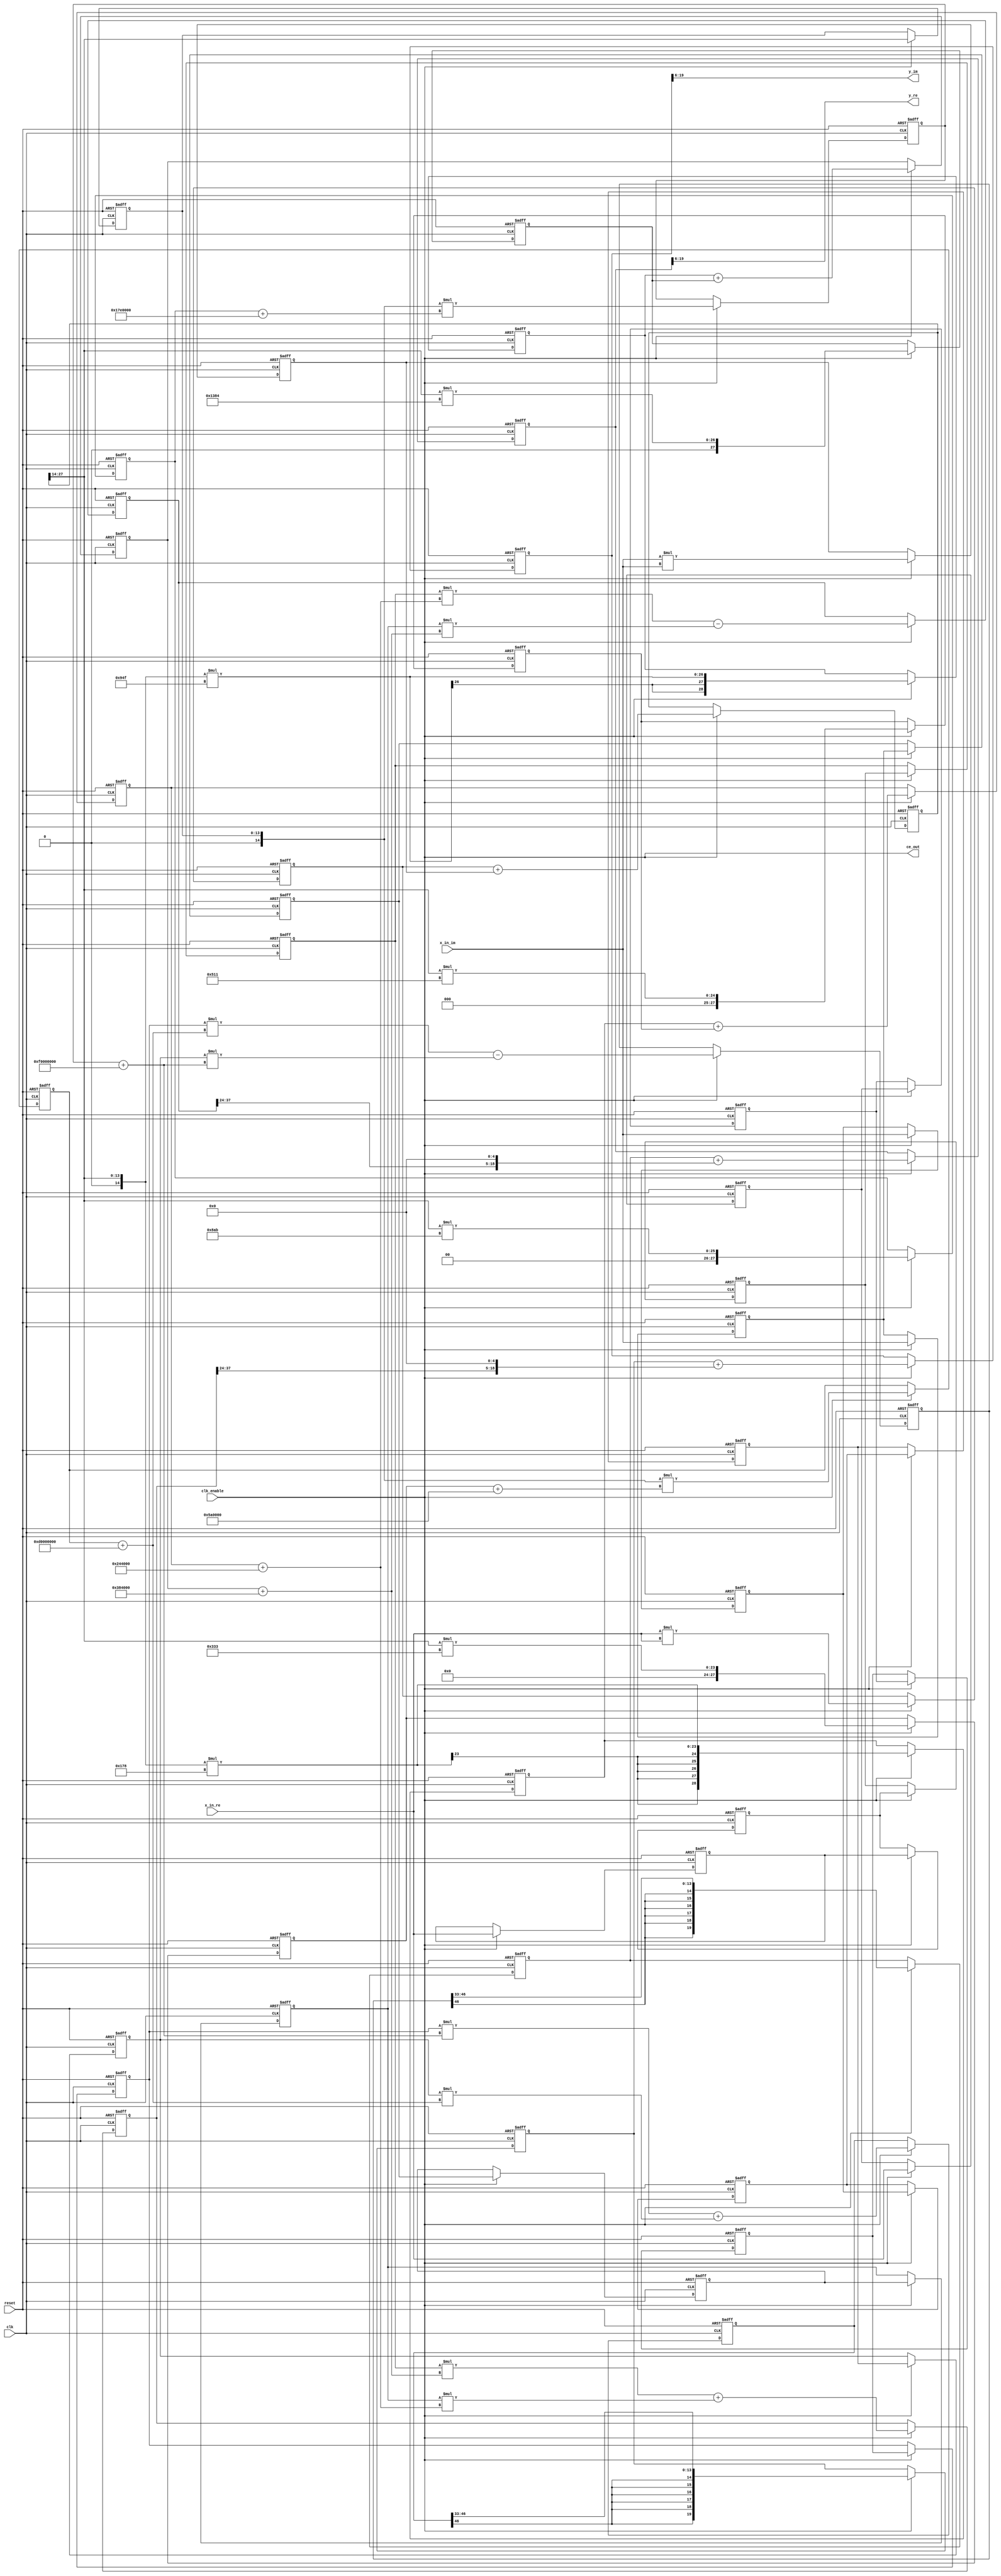
// -------------------------------------------------------------
// 
// 
// Generated by MATLAB 23.2, MATLAB Coder 23.2 and HDL Coder 23.2
// 
// 
// 
// -- -------------------------------------------------------------
// -- Rate and Clocking Details
// -- -------------------------------------------------------------
// Design base rate: 1
// 
// 
// Clock Enable  Sample Time
// -- -------------------------------------------------------------
// ce_out        1
// -- -------------------------------------------------------------
// 
// 
// Output Signal                 Clock Enable  Sample Time
// -- -------------------------------------------------------------
// y_re                          ce_out        1
// y_im                          ce_out        1
// -- -------------------------------------------------------------
// 
// -------------------------------------------------------------


// -------------------------------------------------------------
// 
// Module: Horner_poly_opt_fixpt
// Source Path: Horner_poly_opt_fixpt
// Hierarchy Level: 0
// 
// -------------------------------------------------------------

`timescale 1 ns / 1 ns

module Horner_poly_opt
          (clk,
           reset,
           clk_enable,
           x_in_re,
           x_in_im,
           ce_out,
           y_re,
           y_im);


  input   clk;
  input   reset;
  input   clk_enable;
  input   signed [13:0] x_in_re;  // sfix14_En14
  input   signed [13:0] x_in_im;  // sfix14_En14
  output  ce_out;
  output  signed [13:0] y_re;  // sfix14_En7
  output  signed [13:0] y_im;  // sfix14_En7


  wire enb;
  reg signed [13:0] in1_re;  // sfix14_En14
  reg signed [13:0] in1_im;  // sfix14_En14
  wire signed [13:0] ar;  // sfix14_En14
  reg signed [13:0] reduced_reg [0:2];  // sfix14 [3]
  reg signed [13:0] reduced_reg_next [0:2];  // sfix14_En14 [3]
  reg signed [13:0] ar_1;  // sfix14_En14
  wire signed [13:0] a;  // sfix14_En14
  wire signed [27:0] tmp;  // sfix28_En28
  wire signed [13:0] a_1;  // sfix14_En14
  wire signed [27:0] tmp_1;  // sfix28_En28
  reg signed [27:0] tmp_2;  // sfix28_En28
  wire signed [28:0] tmp_3;  // sfix29_En28
  reg signed [27:0] tmp_4;  // sfix28_En28
  wire signed [28:0] tmp_5;  // sfix29_En28
  wire signed [28:0] tmp_6;  // sfix29_En28
  reg signed [28:0] tmp_7;  // sfix29_En28
  wire [13:0] tmp_8;  // ufix14_En14
  reg [13:0] tmp_9;  // ufix14_En14
  wire signed [27:0] cr;  // sfix28_En18
  wire signed [14:0] p103cr_cast;  // sfix15_En14
  wire signed [28:0] p103cr_mul_temp;  // sfix29_En18
  wire signed [27:0] ci;  // sfix28_En18
  wire signed [14:0] p104ci_cast;  // sfix15_En14
  wire signed [28:0] p104ci_mul_temp;  // sfix29_En18
  wire signed [27:0] tmp_re;  // sfix28_En18
  wire signed [27:0] tmp_im;  // sfix28_En18
  reg signed [27:0] tmp_re_1;  // sfix28_En18
  reg signed [27:0] tmp_im_1;  // sfix28_En18
  wire signed [28:0] tmp_re_2;  // sfix29_En18
  wire signed [28:0] tmp_im_2;  // sfix29_En18
  wire signed [28:0] tmp_re_3;  // sfix29_En18
  wire signed [28:0] tmp_im_3;  // sfix29_En18
  wire signed [28:0] br;  // sfix29_En18
  wire signed [14:0] multiplier_cast;  // sfix15_En14
  wire signed [43:0] multiplier_mul_temp;  // sfix44_En32
  wire signed [42:0] cr_1;  // sfix43_En32
  wire signed [28:0] bi;  // sfix29_En18
  wire signed [14:0] multiplier_cast_1;  // sfix15_En14
  wire signed [43:0] multiplier_mul_temp_1;  // sfix44_En32
  wire signed [42:0] ci_1;  // sfix43_En32
  wire signed [42:0] tmp_re_4;  // sfix43_En32
  wire signed [42:0] tmp_im_4;  // sfix43_En32
  reg signed [42:0] tmp_re_5;  // sfix43_En32
  reg signed [42:0] tmp_im_5;  // sfix43_En32
  wire signed [43:0] tmp_re_6;  // sfix44_En32
  wire signed [43:0] tmp_im_6;  // sfix44_En32
  wire signed [43:0] tmp_re_7;  // sfix44_En32
  wire signed [43:0] tmp_im_7;  // sfix44_En32
  wire signed [43:0] br_1;  // sfix44_En32
  wire signed [13:0] ai;  // sfix14_En14
  reg signed [13:0] reduced_reg_1 [0:2];  // sfix14 [3]
  reg signed [13:0] reduced_reg_next_1 [0:2];  // sfix14_En14 [3]
  reg signed [13:0] ai_1;  // sfix14_En14
  wire signed [43:0] bi_1;  // sfix44_En32
  wire signed [57:0] pr1;  // sfix58_En46
  wire signed [58:0] pr1in;  // sfix59_En46
  wire signed [57:0] pr2;  // sfix58_En46
  wire signed [58:0] pr2in;  // sfix59_En46
  wire signed [58:0] pre;  // sfix59_En46
  wire signed [57:0] pi1;  // sfix58_En46
  wire signed [58:0] pi1in;  // sfix59_En46
  wire signed [57:0] pi2;  // sfix58_En46
  wire signed [58:0] pi2in;  // sfix59_En46
  wire signed [58:0] pim;  // sfix59_En46
  wire signed [58:0] tmp_re_8;  // sfix59_En46
  wire signed [58:0] tmp_im_8;  // sfix59_En46
  reg signed [58:0] tmp_re_9;  // sfix59_En46
  reg signed [58:0] tmp_im_9;  // sfix59_En46
  wire signed [13:0] tmp_re_10;  // sfix14_En13
  wire signed [13:0] tmp_im_10;  // sfix14_En13
  wire signed [19:0] tmp_re_11;  // sfix20_En13
  wire signed [19:0] tmp_im_11;  // sfix20_En13
  reg signed [19:0] tmp_re_12;  // sfix20_En13
  reg signed [19:0] tmp_im_12;  // sfix20_En13
  wire signed [13:0] ar_2;  // sfix14_En14
  reg signed [13:0] reduced_reg_2 [0:3];  // sfix14 [4]
  reg signed [13:0] reduced_reg_next_2 [0:3];  // sfix14_En14 [4]
  reg signed [13:0] ar_3;  // sfix14_En14
  wire signed [27:0] cr_2;  // sfix28_En18
  wire signed [14:0] p85cr_cast;  // sfix15_En14
  wire signed [28:0] p85cr_mul_temp;  // sfix29_En18
  wire signed [27:0] ci_2;  // sfix28_En18
  wire signed [14:0] p87ci_cast;  // sfix15_En14
  wire signed [28:0] p87ci_mul_temp;  // sfix29_En18
  wire signed [27:0] tmp_re_13;  // sfix28_En18
  wire signed [27:0] tmp_im_13;  // sfix28_En18
  wire signed [28:0] tmp_re_14;  // sfix29_En18
  wire signed [28:0] tmp_im_14;  // sfix29_En18
  reg signed [28:0] tmp_re_15;  // sfix29_En18
  reg signed [28:0] tmp_im_15;  // sfix29_En18
  wire signed [27:0] cr_3;  // sfix28_En18
  wire signed [14:0] p89cr_cast;  // sfix15_En14
  wire signed [28:0] p89cr_mul_temp;  // sfix29_En18
  wire signed [27:0] ci_3;  // sfix28_En18
  wire signed [14:0] p91ci_cast;  // sfix15_En14
  wire signed [28:0] p91ci_mul_temp;  // sfix29_En18
  wire signed [27:0] tmp_re_16;  // sfix28_En18
  wire signed [27:0] tmp_im_16;  // sfix28_En18
  reg signed [27:0] tmp_re_17;  // sfix28_En18
  reg signed [27:0] tmp_im_17;  // sfix28_En18
  wire signed [28:0] tmp_re_18;  // sfix29_En18
  wire signed [28:0] tmp_im_18;  // sfix29_En18
  wire signed [28:0] tmp_re_19;  // sfix29_En18
  wire signed [28:0] tmp_im_19;  // sfix29_En18
  reg signed [28:0] tmp_re_20;  // sfix29_En18
  reg signed [28:0] tmp_im_20;  // sfix29_En18
  wire signed [29:0] tmp_re_21;  // sfix30_En18
  wire signed [29:0] tmp_im_21;  // sfix30_En18
  wire signed [29:0] tmp_re_22;  // sfix30_En18
  wire signed [29:0] tmp_im_22;  // sfix30_En18
  wire signed [29:0] br_2;  // sfix30_En18
  wire signed [13:0] ai_2;  // sfix14_En14
  reg signed [13:0] reduced_reg_3 [0:3];  // sfix14 [4]
  reg signed [13:0] reduced_reg_next_3 [0:3];  // sfix14_En14 [4]
  reg signed [13:0] ai_3;  // sfix14_En14
  wire signed [29:0] bi_2;  // sfix30_En18
  wire signed [43:0] pr1_1;  // sfix44_En32
  wire signed [44:0] pr1in_1;  // sfix45_En32
  wire signed [43:0] pr2_1;  // sfix44_En32
  wire signed [44:0] pr2in_1;  // sfix45_En32
  wire signed [44:0] pre_1;  // sfix45_En32
  wire signed [43:0] pi1_1;  // sfix44_En32
  wire signed [44:0] pi1in_1;  // sfix45_En32
  wire signed [43:0] pi2_1;  // sfix44_En32
  wire signed [44:0] pi2in_1;  // sfix45_En32
  wire signed [44:0] pim_1;  // sfix45_En32
  wire signed [44:0] tmp_re_23;  // sfix45_En32
  wire signed [44:0] tmp_im_23;  // sfix45_En32
  reg signed [44:0] tmp_re_24;  // sfix45_En32
  reg signed [44:0] tmp_im_24;  // sfix45_En32
  wire signed [13:0] tmp_re_25;  // sfix14_En8
  wire signed [13:0] tmp_im_25;  // sfix14_En8
  wire signed [19:0] tmp_re_26;  // sfix20_En13
  wire signed [19:0] tmp_im_26;  // sfix20_En13
  wire signed [19:0] tmp_re_27;  // sfix20_En13
  wire signed [19:0] tmp_im_27;  // sfix20_En13
  reg signed [19:0] tmp_re_28;  // sfix20_En13
  reg signed [19:0] tmp_im_28;  // sfix20_En13
  reg signed [31:0] reduced_t_0_0;  // int32
  reg signed [31:0] reduced_t_0_1;  // int32
  reg signed [31:0] reduced_t_0_01;  // int32
  reg signed [31:0] reduced_t_0_02;  // int32
  reg signed [31:0] reduced_t_0_1_1;  // int32
  reg signed [31:0] reduced_t_0_03;  // int32
  reg signed [31:0] reduced_t_0_1_2;  // int32


  assign enb = clk_enable;

  // HDL code generation from MATLAB function: Horner_poly_opt_fixpt
  // %%%%%%%%%%%%%%%%%%%%%%%%%%%%%%%%%%%%%%%%%%%%%%%%%%%%%%%%%%%%%%%%%%%%%%%%%%%
  //                                                                          %
  //          Generated by MATLAB 23.2 and Fixed-Point Designer 23.2          %
  //                                                                          %
  // %%%%%%%%%%%%%%%%%%%%%%%%%%%%%%%%%%%%%%%%%%%%%%%%%%%%%%%%%%%%%%%%%%%%%%%%%%%
  // Memory Polynomial Model
  // x_in: Input signal array of length N
  // coefficients: KxM matrix of coefficients
  // M: Memory depth
  // K: Non-linearity order
  // 
  // A
  // % 
  // wordLength = 32; % 
  // fractionLength = 16; % 
  // 
  // % 
  // coef_fixed = fi(zeros(size(coef)), 1, wordLength, fractionLength);
  // 
  // % 
  // coder.hdl.loopspec('unroll');
  // for row = 1:size(coef,1)
  //     for col = 1:size(coef,2)
  //         coef_fixed(row, col) = fi(coef(row, col), 1, wordLength, fractionLength);
  //     end
  // end
  // 
  // persistent ud1 ud2 for memory
  // update input reg
  // in3 = in2;
  always @(posedge clk or posedge reset)
    begin : in1_reg_process
      if (reset == 1'b1) begin
        in1_re <= 14'sb00000000000000;
        in1_im <= 14'sb00000000000000;
      end
      else begin
        if (enb) begin
          in1_re <= x_in_re;
          in1_im <= x_in_im;
        end
      end
    end



  assign ar = in1_re;



  always @(posedge clk or posedge reset)
    begin : reduced_process
      if (reset == 1'b1) begin
        reduced_reg[0] <= 14'sb00000000000000;
        reduced_reg[1] <= 14'sb00000000000000;
        reduced_reg[2] <= 14'sb00000000000000;
      end
      else begin
        if (enb) begin
          for(reduced_t_0_1 = 32'sd0; reduced_t_0_1 <= 32'sd2; reduced_t_0_1 = reduced_t_0_1 + 32'sd1) begin
            reduced_reg[reduced_t_0_1] <= reduced_reg_next[reduced_t_0_1];
          end
        end
      end
    end

  always @* begin
    ar_1 = reduced_reg[2];
    reduced_reg_next[0] = ar;

    for(reduced_t_0_0 = 32'sd0; reduced_t_0_0 <= 32'sd1; reduced_t_0_0 = reduced_t_0_0 + 32'sd1) begin
      reduced_reg_next[reduced_t_0_0 + 32'sd1] = reduced_reg[reduced_t_0_0];
    end

  end



  // module (odd only)
  assign a = x_in_re;



  assign tmp = a * a;



  assign a_1 = x_in_im;



  assign tmp_1 = a_1 * a_1;



  always @(posedge clk or posedge reset)
    begin : p80tmp_outbuff_out_pipe_process
      if (reset == 1'b1) begin
        tmp_2 <= 28'sb0000000000000000000000000000;
      end
      else begin
        if (enb) begin
          tmp_2 <= tmp;
        end
      end
    end



  assign tmp_3 = {tmp_2[27], tmp_2};



  always @(posedge clk or posedge reset)
    begin : p81tmp_outbuff_out_pipe_process
      if (reset == 1'b1) begin
        tmp_4 <= 28'sb0000000000000000000000000000;
      end
      else begin
        if (enb) begin
          tmp_4 <= tmp_1;
        end
      end
    end



  assign tmp_5 = {tmp_4[27], tmp_4};



  assign tmp_6 = tmp_3 + tmp_5;



  always @(posedge clk or posedge reset)
    begin : buff_out_pipe_process
      if (reset == 1'b1) begin
        tmp_7 <= 29'sb00000000000000000000000000000;
      end
      else begin
        if (enb) begin
          tmp_7 <= tmp_6;
        end
      end
    end



  // memory polynomial
  // update module reg
  // update module reg
  assign tmp_8 = tmp_7[27:14];



  always @(posedge clk or posedge reset)
    begin : reduced_1_process
      if (reset == 1'b1) begin
        tmp_9 <= 14'b00000000000000;
      end
      else begin
        if (enb) begin
          tmp_9 <= tmp_8;
        end
      end
    end



  assign p103cr_cast = {1'b0, tmp_8};
  assign p103cr_mul_temp = p103cr_cast * 14'sb00001100110011;
  assign cr = p103cr_mul_temp[27:0];



  assign p104ci_cast = {1'b0, tmp_8};
  assign p104ci_mul_temp = p104ci_cast * 14'sb00100010101011;
  assign ci = p104ci_mul_temp[27:0];



  assign tmp_re = cr;
  assign tmp_im = ci;



  always @(posedge clk or posedge reset)
    begin : buff_out_pipe_1_process
      if (reset == 1'b1) begin
        tmp_re_1 <= 28'sb0000000000000000000000000000;
        tmp_im_1 <= 28'sb0000000000000000000000000000;
      end
      else begin
        if (enb) begin
          tmp_re_1 <= tmp_re;
          tmp_im_1 <= tmp_im;
        end
      end
    end



  assign tmp_re_2 = {tmp_re_1[27], tmp_re_1};
  assign tmp_im_2 = {tmp_im_1[27], tmp_im_1};



  assign tmp_re_3 = tmp_re_2 + 29'sb11111110110100000000000000000;
  assign tmp_im_3 = tmp_im_2 + 29'sb11111011111100000000000000000;



  assign br = tmp_re_3;



  assign multiplier_cast = {1'b0, tmp_9};
  assign multiplier_mul_temp = multiplier_cast * br;
  assign cr_1 = multiplier_mul_temp[42:0];



  assign bi = tmp_im_3;



  assign multiplier_cast_1 = {1'b0, tmp_9};
  assign multiplier_mul_temp_1 = multiplier_cast_1 * bi;
  assign ci_1 = multiplier_mul_temp_1[42:0];



  assign tmp_re_4 = cr_1;
  assign tmp_im_4 = ci_1;



  always @(posedge clk or posedge reset)
    begin : buff_out_pipe_2_process
      if (reset == 1'b1) begin
        tmp_re_5 <= 43'sh00000000000;
        tmp_im_5 <= 43'sh00000000000;
      end
      else begin
        if (enb) begin
          tmp_re_5 <= tmp_re_4;
          tmp_im_5 <= tmp_im_4;
        end
      end
    end



  assign tmp_re_6 = {tmp_re_5[42], tmp_re_5};
  assign tmp_im_6 = {tmp_im_5[42], tmp_im_5};



  assign tmp_re_7 = tmp_re_6 + 44'sh000D0000000;
  assign tmp_im_7 = tmp_im_6 + 44'sh000F0000000;



  assign br_1 = tmp_re_7;



  assign ai = in1_im;



  always @(posedge clk or posedge reset)
    begin : reduced_2_process
      if (reset == 1'b1) begin
        reduced_reg_1[0] <= 14'sb00000000000000;
        reduced_reg_1[1] <= 14'sb00000000000000;
        reduced_reg_1[2] <= 14'sb00000000000000;
      end
      else begin
        if (enb) begin
          for(reduced_t_0_1 = 32'sd0; reduced_t_0_1 <= 32'sd2; reduced_t_0_1 = reduced_t_0_1 + 32'sd1) begin
            reduced_reg_1[reduced_t_0_1] <= reduced_reg_next_1[reduced_t_0_1];
          end
        end
      end
    end

  always @* begin
    ai_1 = reduced_reg_1[2];
    reduced_reg_next_1[0] = ai;

    for(reduced_t_0_01 = 32'sd0; reduced_t_0_01 <= 32'sd1; reduced_t_0_01 = reduced_t_0_01 + 32'sd1) begin
      reduced_reg_next_1[reduced_t_0_01 + 32'sd1] = reduced_reg_1[reduced_t_0_01];
    end

  end



  assign bi_1 = tmp_im_7;



  assign pr1 = ar_1 * br_1;



  assign pr1in = {pr1[57], pr1};



  assign pr2 = ai_1 * bi_1;



  assign pr2in = {pr2[57], pr2};



  assign pre = pr1in - pr2in;



  assign pi1 = ar_1 * bi_1;



  assign pi1in = {pi1[57], pi1};



  assign pi2 = ai_1 * br_1;



  assign pi2in = {pi2[57], pi2};



  assign pim = pi1in + pi2in;



  assign tmp_re_8 = pre;
  assign tmp_im_8 = pim;



  always @(posedge clk or posedge reset)
    begin : buff_out_pipe_3_process
      if (reset == 1'b1) begin
        tmp_re_9 <= 59'sh000000000000000;
        tmp_im_9 <= 59'sh000000000000000;
      end
      else begin
        if (enb) begin
          tmp_re_9 <= tmp_re_8;
          tmp_im_9 <= tmp_im_8;
        end
      end
    end



  assign tmp_re_10 = tmp_re_9[46:33];
  assign tmp_im_10 = tmp_im_9[46:33];



  assign tmp_re_11 = {{6{tmp_re_10[13]}}, tmp_re_10};
  assign tmp_im_11 = {{6{tmp_im_10[13]}}, tmp_im_10};



  always @(posedge clk or posedge reset)
    begin : delayMatch_process
      if (reset == 1'b1) begin
        tmp_re_12 <= 20'sb00000000000000000000;
        tmp_im_12 <= 20'sb00000000000000000000;
      end
      else begin
        if (enb) begin
          tmp_re_12 <= tmp_re_11;
          tmp_im_12 <= tmp_im_11;
        end
      end
    end



  assign ar_2 = x_in_re;



  always @(posedge clk or posedge reset)
    begin : reduced_3_process
      if (reset == 1'b1) begin
        reduced_reg_2[0] <= 14'sb00000000000000;
        reduced_reg_2[1] <= 14'sb00000000000000;
        reduced_reg_2[2] <= 14'sb00000000000000;
        reduced_reg_2[3] <= 14'sb00000000000000;
      end
      else begin
        if (enb) begin
          for(reduced_t_0_1_1 = 32'sd0; reduced_t_0_1_1 <= 32'sd3; reduced_t_0_1_1 = reduced_t_0_1_1 + 32'sd1) begin
            reduced_reg_2[reduced_t_0_1_1] <= reduced_reg_next_2[reduced_t_0_1_1];
          end
        end
      end
    end

  always @* begin
    ar_3 = reduced_reg_2[3];
    reduced_reg_next_2[0] = ar_2;

    for(reduced_t_0_02 = 32'sd0; reduced_t_0_02 <= 32'sd2; reduced_t_0_02 = reduced_t_0_02 + 32'sd1) begin
      reduced_reg_next_2[reduced_t_0_02 + 32'sd1] = reduced_reg_2[reduced_t_0_02];
    end

  end



  assign p85cr_cast = {1'b0, tmp_8};
  assign p85cr_mul_temp = p85cr_cast * 14'sb11111101111000;
  assign cr_2 = p85cr_mul_temp[27:0];



  assign p87ci_cast = {1'b0, tmp_8};
  assign p87ci_mul_temp = p87ci_cast * 14'sb11100101001111;
  assign ci_2 = p87ci_mul_temp[27:0];



  assign tmp_re_13 = cr_2;
  assign tmp_im_13 = ci_2;



  assign tmp_re_14 = {tmp_re_13[27], tmp_re_13};
  assign tmp_im_14 = {tmp_im_13[27], tmp_im_13};



  always @(posedge clk or posedge reset)
    begin : delayMatch_1_process
      if (reset == 1'b1) begin
        tmp_re_15 <= 29'sb00000000000000000000000000000;
        tmp_im_15 <= 29'sb00000000000000000000000000000;
      end
      else begin
        if (enb) begin
          tmp_re_15 <= tmp_re_14;
          tmp_im_15 <= tmp_im_14;
        end
      end
    end



  assign p89cr_cast = {1'b0, tmp_8};
  assign p89cr_mul_temp = p89cr_cast * 14'sb00010100010001;
  assign cr_3 = p89cr_mul_temp[27:0];



  assign p91ci_cast = {1'b0, tmp_8};
  assign p91ci_mul_temp = p91ci_cast * 14'sb01001110000100;
  assign ci_3 = p91ci_mul_temp[27:0];



  assign tmp_re_16 = cr_3;
  assign tmp_im_16 = ci_3;



  always @(posedge clk or posedge reset)
    begin : buff_out_pipe_4_process
      if (reset == 1'b1) begin
        tmp_re_17 <= 28'sb0000000000000000000000000000;
        tmp_im_17 <= 28'sb0000000000000000000000000000;
      end
      else begin
        if (enb) begin
          tmp_re_17 <= tmp_re_16;
          tmp_im_17 <= tmp_im_16;
        end
      end
    end



  assign tmp_re_18 = {tmp_re_17[27], tmp_re_17};
  assign tmp_im_18 = {tmp_im_17[27], tmp_im_17};



  assign tmp_re_19 = tmp_re_15 + tmp_re_18;
  assign tmp_im_19 = tmp_im_15 + tmp_im_18;



  always @(posedge clk or posedge reset)
    begin : buff_out_pipe_5_process
      if (reset == 1'b1) begin
        tmp_re_20 <= 29'sb00000000000000000000000000000;
        tmp_im_20 <= 29'sb00000000000000000000000000000;
      end
      else begin
        if (enb) begin
          tmp_re_20 <= tmp_re_19;
          tmp_im_20 <= tmp_im_19;
        end
      end
    end



  assign tmp_re_21 = {tmp_re_20[28], tmp_re_20};
  assign tmp_im_21 = {tmp_im_20[28], tmp_im_20};



  assign tmp_re_22 = tmp_re_21 + 30'sb111111111001000100000000000000;
  assign tmp_im_22 = tmp_im_21 + 30'sb000000001110000100000000000000;



  assign br_2 = tmp_re_22;



  assign ai_2 = x_in_im;



  always @(posedge clk or posedge reset)
    begin : reduced_4_process
      if (reset == 1'b1) begin
        reduced_reg_3[0] <= 14'sb00000000000000;
        reduced_reg_3[1] <= 14'sb00000000000000;
        reduced_reg_3[2] <= 14'sb00000000000000;
        reduced_reg_3[3] <= 14'sb00000000000000;
      end
      else begin
        if (enb) begin
          for(reduced_t_0_1_2 = 32'sd0; reduced_t_0_1_2 <= 32'sd3; reduced_t_0_1_2 = reduced_t_0_1_2 + 32'sd1) begin
            reduced_reg_3[reduced_t_0_1_2] <= reduced_reg_next_3[reduced_t_0_1_2];
          end
        end
      end
    end

  always @* begin
    ai_3 = reduced_reg_3[3];
    reduced_reg_next_3[0] = ai_2;

    for(reduced_t_0_03 = 32'sd0; reduced_t_0_03 <= 32'sd2; reduced_t_0_03 = reduced_t_0_03 + 32'sd1) begin
      reduced_reg_next_3[reduced_t_0_03 + 32'sd1] = reduced_reg_3[reduced_t_0_03];
    end

  end



  assign bi_2 = tmp_im_22;



  assign pr1_1 = ar_3 * br_2;



  assign pr1in_1 = {pr1_1[43], pr1_1};



  assign pr2_1 = ai_3 * bi_2;



  assign pr2in_1 = {pr2_1[43], pr2_1};



  assign pre_1 = pr1in_1 - pr2in_1;



  assign pi1_1 = ar_3 * bi_2;



  assign pi1in_1 = {pi1_1[43], pi1_1};



  assign pi2_1 = ai_3 * br_2;



  assign pi2in_1 = {pi2_1[43], pi2_1};



  assign pim_1 = pi1in_1 + pi2in_1;



  assign tmp_re_23 = pre_1;
  assign tmp_im_23 = pim_1;



  always @(posedge clk or posedge reset)
    begin : buff_out_pipe_6_process
      if (reset == 1'b1) begin
        tmp_re_24 <= 45'sh000000000000;
        tmp_im_24 <= 45'sh000000000000;
      end
      else begin
        if (enb) begin
          tmp_re_24 <= tmp_re_23;
          tmp_im_24 <= tmp_im_23;
        end
      end
    end



  assign tmp_re_25 = tmp_re_24[37:24];
  assign tmp_im_25 = tmp_im_24[37:24];



  assign tmp_re_26 = {tmp_re_25[13], {tmp_re_25, 5'b00000}};
  assign tmp_im_26 = {tmp_im_25[13], {tmp_im_25, 5'b00000}};



  assign tmp_re_27 = tmp_re_12 + tmp_re_26;
  assign tmp_im_27 = tmp_im_12 + tmp_im_26;



  always @(posedge clk or posedge reset)
    begin : buff_out_pipe_7_process
      if (reset == 1'b1) begin
        tmp_re_28 <= 20'sb00000000000000000000;
        tmp_im_28 <= 20'sb00000000000000000000;
      end
      else begin
        if (enb) begin
          tmp_re_28 <= tmp_re_27;
          tmp_im_28 <= tmp_im_27;
        end
      end
    end



  assign y_re = tmp_re_28[19:6];
  assign y_im = tmp_im_28[19:6];



  assign ce_out = clk_enable;

endmodule  // Horner_poly_opt_fixpt